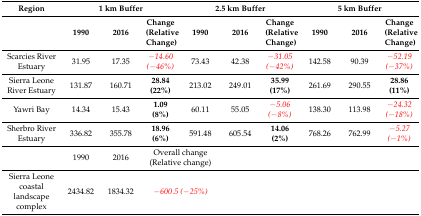
<table><thead><tr><td><b>Region</b></td><td colspan="3"><b>1 km Buffer</b></td><td colspan="3"><b>2.5 km Buffer</b></td><td colspan="3"><b>5 km Buffer</b></td></tr><tr><td></td><td><b>1990</b></td><td><b>2016</b></td><td><b>Change (Relative Change)</b></td><td><b>1990</b></td><td><b>2016</b></td><td><b>Change (Relative Change)</b></td><td><b>1990</b></td><td><b>2016</b></td><td><b>Change (Relative Change)</b></td></tr></thead><tbody><tr><td>Scarcies River Estuary</td><td>31.95</td><td>17.35</td><td><i>−14.60 (−46%)</i></td><td>73.43</td><td>42.38</td><td><i>−31.05 (−42%)</i></td><td>142.58</td><td>90.39</td><td><i>−52.19 (−37%)</i></td></tr><tr><td>Sierra Leone River Estuary</td><td>131.87</td><td>160.71</td><td><b>28.84 (22%)</b></td><td>213.02</td><td>249.01</td><td><b>35.99 (17%)</b></td><td>261.69</td><td>290.55</td><td><b>28.86 (11%)</b></td></tr><tr><td>Yawri Bay</td><td>14.34</td><td>15.43</td><td><b>1.09 (8%)</b></td><td>60.11</td><td>55.05</td><td><i>−5.06 (−8%)</i></td><td>138.30</td><td>113.98</td><td><i>−24.32 (−18%)</i></td></tr><tr><td>Sherbro River Estuary</td><td>336.82</td><td>355.78</td><td><b>18.96 (6%)</b></td><td>591.48</td><td>605.54</td><td><b>14.06 (2%)</b></td><td>768.26</td><td>762.99</td><td><i>−5.27 (−1%)</i></td></tr><tr><td></td><td>1990</td><td>2016</td><td colspan="2">Overall change (Relative change)</td><td></td><td></td><td></td><td></td><td></td></tr><tr><td>Sierra Leone coastal landscape complex</td><td>2434.82</td><td>1834.32</td><td colspan="2"><i>−600.5 (−25%)</i></td><td></td><td></td><td></td><td></td><td></td></tr></tbody></table>